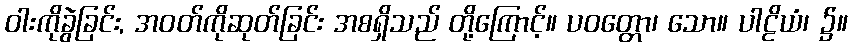
ဝါးကိုခွဲခြင်း, အဝတ်ကိုဆုတ်ခြင်း အစရှိသည် တို့ကြောင့်။ ပဝတ္တော၊ သော။ ပါဠိယံ၊ ၌။